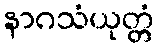
နာဂသံယုတ္တံ